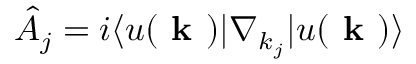
\hat { A _ { j } } = i \langle u ( \textbf { k } ) | \nabla _ { k _ { j } } | u ( \textbf { k } ) \rangle